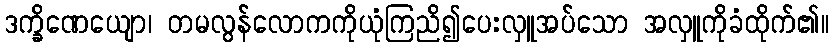
ဒက္ခိဏေယျော၊ တမလွန်လောကကိုယုံကြညိ၍ပေးလှူအပ်သော အလှူကိုခံထိုက်၏။